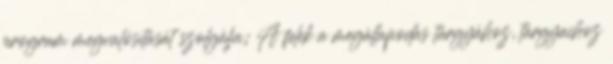
program megvalósítását szolgálja; A felek a megállapodás tárgyához, tárgyaihoz